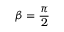
\beta = { \frac { \pi } { 2 } }